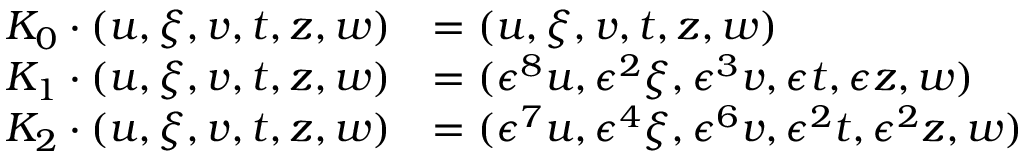
\begin{array} { r l } { K _ { 0 } \cdot ( u , \xi , v , t , z , w ) } & { = ( u , \xi , v , t , z , w ) } \\ { K _ { 1 } \cdot ( u , \xi , v , t , z , w ) } & { = ( \epsilon ^ { 8 } u , \epsilon ^ { 2 } \xi , \epsilon ^ { 3 } v , \epsilon t , \epsilon z , w ) } \\ { K _ { 2 } \cdot ( u , \xi , v , t , z , w ) } & { = ( \epsilon ^ { 7 } u , \epsilon ^ { 4 } \xi , \epsilon ^ { 6 } v , \epsilon ^ { 2 } t , \epsilon ^ { 2 } z , w ) } \end{array}